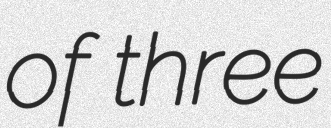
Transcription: of three